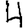
Digit: 4